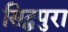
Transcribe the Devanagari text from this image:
सिद्धपुरा